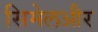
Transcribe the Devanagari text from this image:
सिमेलऔर